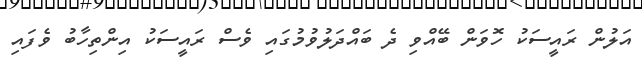
އަލުން ރައީސަކު ހޮވަން ބޭއްވި ދެ ބައްދަލުވުމުގައި ވެސް ރައީސަކު އިންތިހާބު ވެފައި